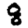
Digit: 8